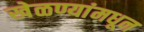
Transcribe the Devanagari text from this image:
खेळण्यांमधून